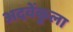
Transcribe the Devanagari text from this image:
अदवेंकुला